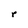
Character: r